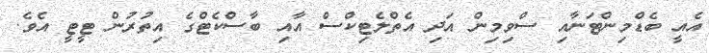
އެއީ ބެޑްމިންޓަނާއި ސްވިމިން އަދި އެތްލެޓިކްސް އާއި ބާސްކެޓްގެ އިތުރުން ޓީޓީ އެވެ.